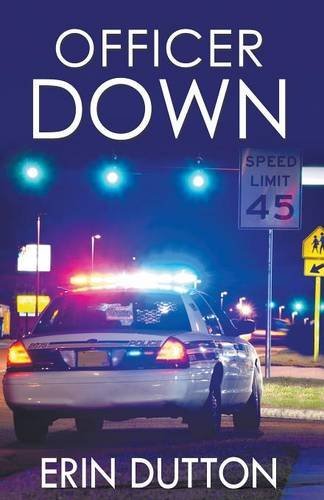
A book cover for Officer Down; Erin Dutton; Romance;